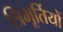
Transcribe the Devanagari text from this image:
त्रिमूर्तियों